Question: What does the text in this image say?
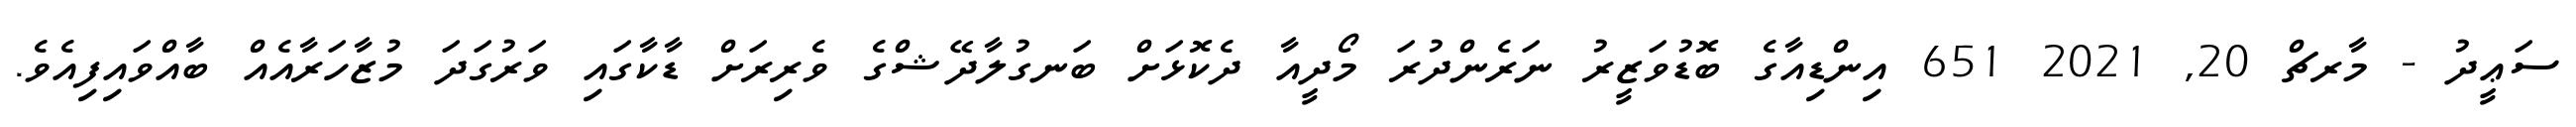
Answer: ސަޢީދު - މާރޗް 20, 2021 651 އިންޑިއާގެ ބޮޑުވަޒީރު ނަރެންދުރަ މޯދީއާ ދެކޮޅަށް ބަނގުލާދޭޝްގެ ވެރިރަށް ޑާކާގައި ވަރުގަދަ މުޒާހަރާއެއް ބާއްވައިފިއެވެ.